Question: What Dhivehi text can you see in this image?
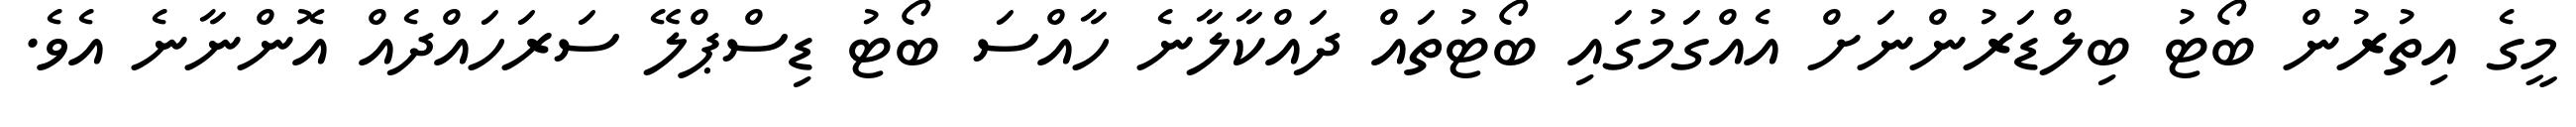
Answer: މީގެ އިތުރުން ބޯޓު ބިލްޑަރުންނަށް އެއްގަމުގައި ބޯޓުތައް ދައްކާލާނެ ހާއްސަ ބޯޓު ޑިސްޕްލޭ ސަރަހައްދެއް އޮންނާނެ އެވެ.